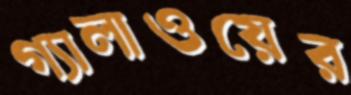
গ্যালাওয়ের